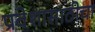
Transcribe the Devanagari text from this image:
प्रवेशासाठीचा